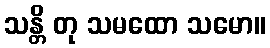
သန္တိ တု သမထော သမော။